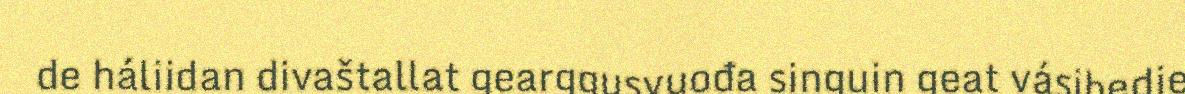
de háliidan divaštallat gearggusvuođa singuin geat vásihedje